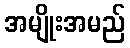
အမျိုးအမည်